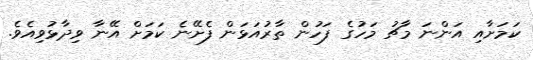
ކަމަށާއި އަންނަ މާޗު މަހުގެ ފަހުން ތާރުއަޅަން ފެށޭނެ ކަމަށް އޭނާ ވިދާޅުވިއެވެ.